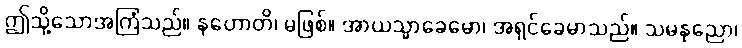
ဤသို့သောအကြံသည်။ နဟောတိ၊ မဖြစ်။ အာယသ္မာခေမော၊ အရှင်ခေမာသည်။ သမနုညော၊